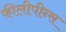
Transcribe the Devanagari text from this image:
फीलीपीन्स